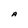
Character: A